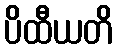
ပိထီယတိ